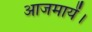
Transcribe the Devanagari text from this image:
आजमायें।